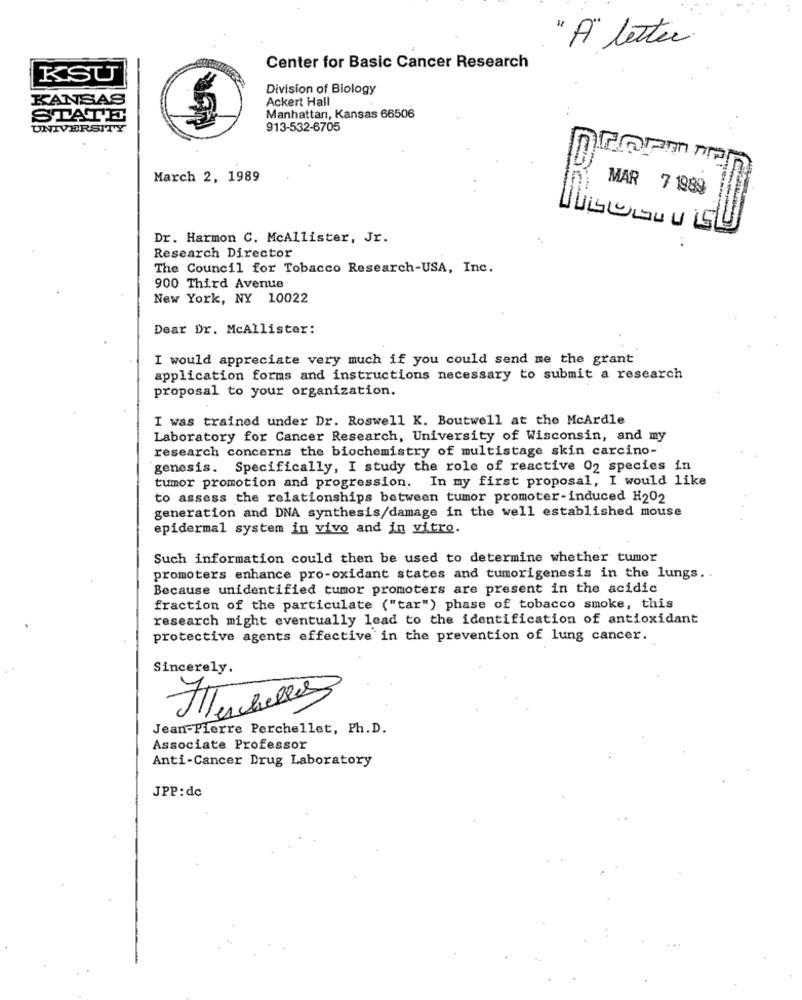
"A" letter.
Center for Basic Cancer Research
KSU
Division of Biology
KANSAS
Ackert Hall
STATE
Manhattan, Kansas 66506
UNIVERSITY
913-532-6705
nicoanna
March 2, 1989
MAR 7 1989
Dr. Harmon C. McAllister, Jr.
Research Director
The Council for Tobacco Research-USA, Inc.
900 Third Avenue
New York, NY 10022
Dear Dr. McAllister:
I would appreciate very much if you could send me the grant
application forms and instructions necessary to submit a research
proposal to your organization.
I was trained under Dr. Roswell K. Boutwell at the McArdle
Laboratory for Cancer Research, University of Wisconsin, and my
research concerns the biochemistry of multistage skin carcino-
genesis. Specifically, I study the role of reactive 02 species in
tumor promotion and progression. In my first proposal, I would like
to assess the relationships between tumor promoter-induced H202
generation and DNA synthesis/damage in the well established mouse
epidermal system in vivo and in vitro.
Such information could then be used to determine whether tumor
promoters enhance pro-oxidant states and tumorigenesis in the lungs ..
Because unidentified tumor promoters are present in the acidic
fraction of the particulate ("tar") phase of tobacco smoke, this
research might eventually lead to the identification of antioxidant
protective agents effective in the prevention of lung cancer.
Sincerely.
Jean-Pierre Perchellet, Ph.D.
Associate Professor
Anti-Cancer Drug Laboratory
JPP:dc